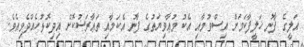
އަލީގެ ފާނު ޚަލީފާކަމަށް އިސްވުމާއި އެކު މުޢާވިޔަތުގެ ފާނު އެކަމާއި ތަޢާރަޟުކޮށް އިދިކޮޅުހެއްދެވިއެވެ.